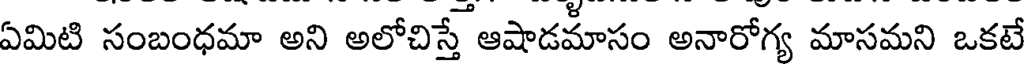
ఏమిటి సంబంధమా అని అలోచిస్తే ఆషాడమాసం అనారోగ్య మాసమని ఒకటే